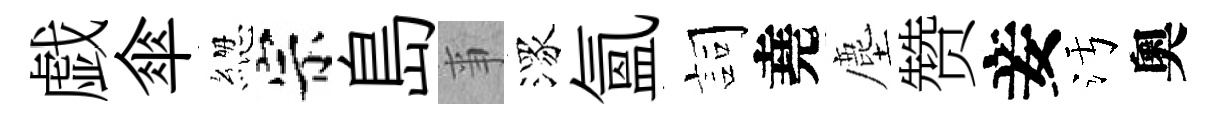
戯傘緫宗島亊潈氳詞堯塵赞妾污奧